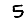
Digit: 5